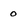
Character: 0